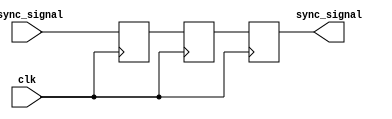
module triple_ff_synchronizer (
    input wire async_signal,  // Input signal from the asynchronous clock domain
    input wire clk,           // Clock signal of the destination clock domain
    output reg sync_signal    // Synchronized output signal
);

    // Internal signals for the flip-flops
    reg ff1, ff2;

    // Sequential logic for the triple flip-flop synchronizer
    always @(posedge clk) begin
        ff1 <= async_signal;  // First flip-flop samples the async signal
        ff2 <= ff1;           // Second flip-flop samples the output of the first
        sync_signal <= ff2;   // Third flip-flop samples the output of the second
    end

endmodule